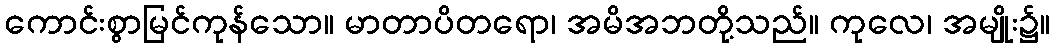
ကောင်းစွာမြင်ကုန်သော။ မာတာပိတရော၊ အမိအဘတို့သည်။ ကုလေ၊ အမျိုး၌။